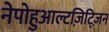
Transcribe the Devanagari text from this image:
नेपोहुआल्टज़िट्ज़िन